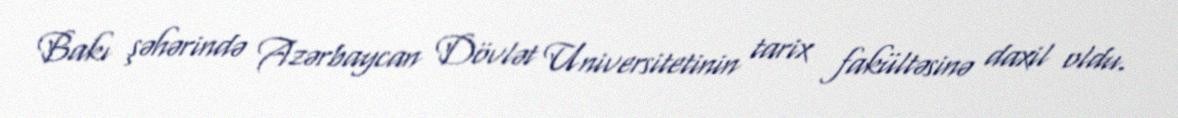
Bakı şəhərində Azərbaycan Dövlət Universitetinin tarix fakültəsinə daxil oldu.